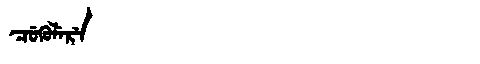
Manchu: ᠴᡠᡴᡠᠯᡝᡵᡝ
Romanization: CUKULERE